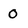
Character: 0